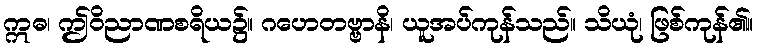
ဣဓ၊ ဤဝိညာဏစရိယ၌။ ဂဟေတဗ္ဗာနိ၊ ယူအပ်ကုန်သည်။ သိယုံ၊ ဖြစ်ကုန်၏။